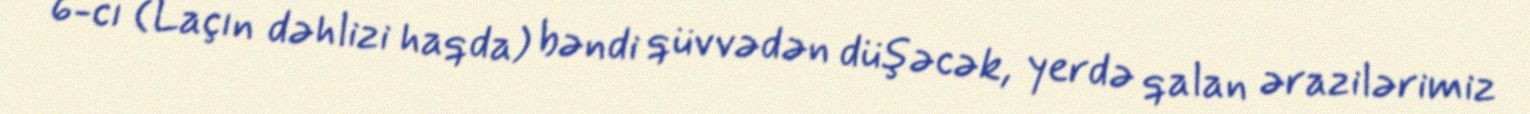
6-cı (Laçın dəhlizi haqda) bəndi qüvvədən düşəcək, yerdə qalan ərazilərimiz